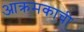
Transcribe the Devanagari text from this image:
आक्रमकाची